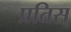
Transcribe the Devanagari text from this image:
प्रतिस्